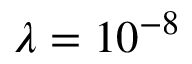
\lambda = 1 0 ^ { - 8 }